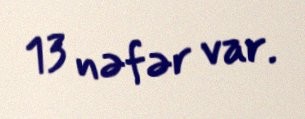
13 nəfər var.